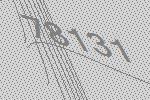
78131